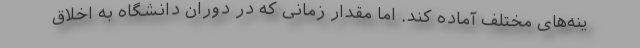
ینه‌های مختلف آماده کند. اما مقدار زمانی که در دوران دانشگاه به اخلاق